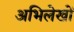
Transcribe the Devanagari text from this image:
अभिलेखोँ